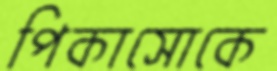
পিকাসোকে